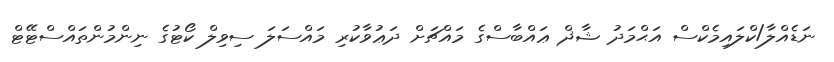
ނަޑެއްލާ/ކްލައިމެކްސް އަޙްމަދު ޝާޛް ޢައްބާސްގެ މައްޗަށް ދަޢުވާކުރި މައްސަލަ ސިވިލް ކޯޓުގެ ނިންމުންތައްސްޓޭޓް